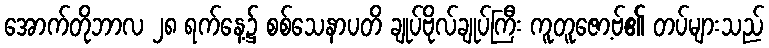
အောက်တိုဘာလ ၂၈ ရက်နေ့၌ စစ်သေနာပတိ ချုပ်ဗိုလ်ချုပ်ကြီး ကူတူဇော့ဗ်၏ တပ်များသည်